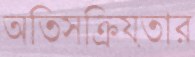
অতিসক্রিয়তার